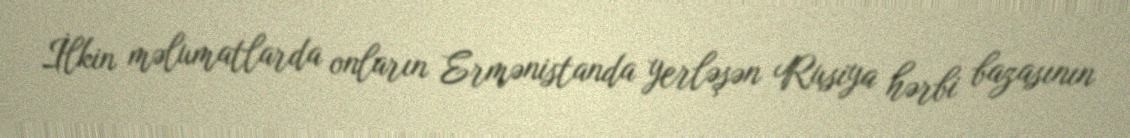
İlkin məlumatlarda onların Ermənistanda yerləşən Rusiya hərbi bazasının